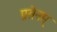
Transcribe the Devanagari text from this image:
प्रसेनम्‌